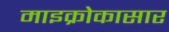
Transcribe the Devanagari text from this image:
माइक्रोकासार